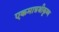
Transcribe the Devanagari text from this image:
एकमात्रश्रीकृष्ण